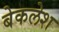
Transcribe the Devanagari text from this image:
बेकलेश